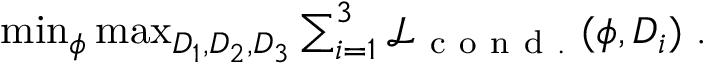
\begin{array} { r } { \operatorname* { m i n } _ { \phi } \operatorname* { m a x } _ { D _ { 1 } , D _ { 2 } , D _ { 3 } } \sum _ { i = 1 } ^ { 3 } \mathcal { L } _ { \mathrm { ~ c ~ o ~ n ~ d ~ . ~ } } ( \phi , D _ { i } ) ~ . } \end{array}